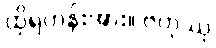
ထိုရဟန်းအား။ ဗဟုဿု